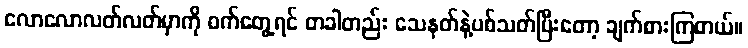
လောလောလတ်လတ်မှာကို ဝက်တွေ့ရင် တခါတည်း သေနတ်နဲ့ပစ်သတ်ပြီးတော့ ချက်စားကြတယ်။